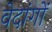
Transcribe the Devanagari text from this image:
वेदांगाें